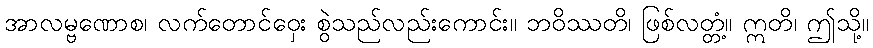
အာလမ္ဗဏောစ၊ လက်တောင်ဝှေး စွဲသည်လည်းကောင်း။ ဘဝိဿတိ၊ ဖြစ်လတ္တံ့။ ဣတိ၊ ဤသို့။